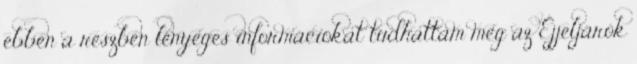
ebben a részben lényeges információkat tudhattam meg az Éjjeljárók